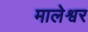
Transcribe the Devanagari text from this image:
मालेश्वर